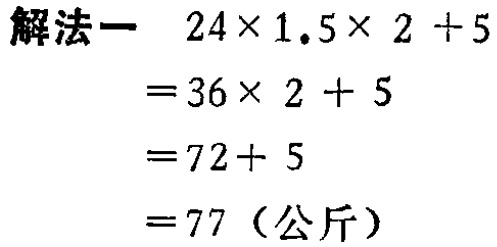
\[
\begin{align*}
&24\times1.5\times 2 + 5\\
=&36\times 2 + 5\\
=&72 + 5\\
=&77 \text{（公斤）}
\end{align*}
\]